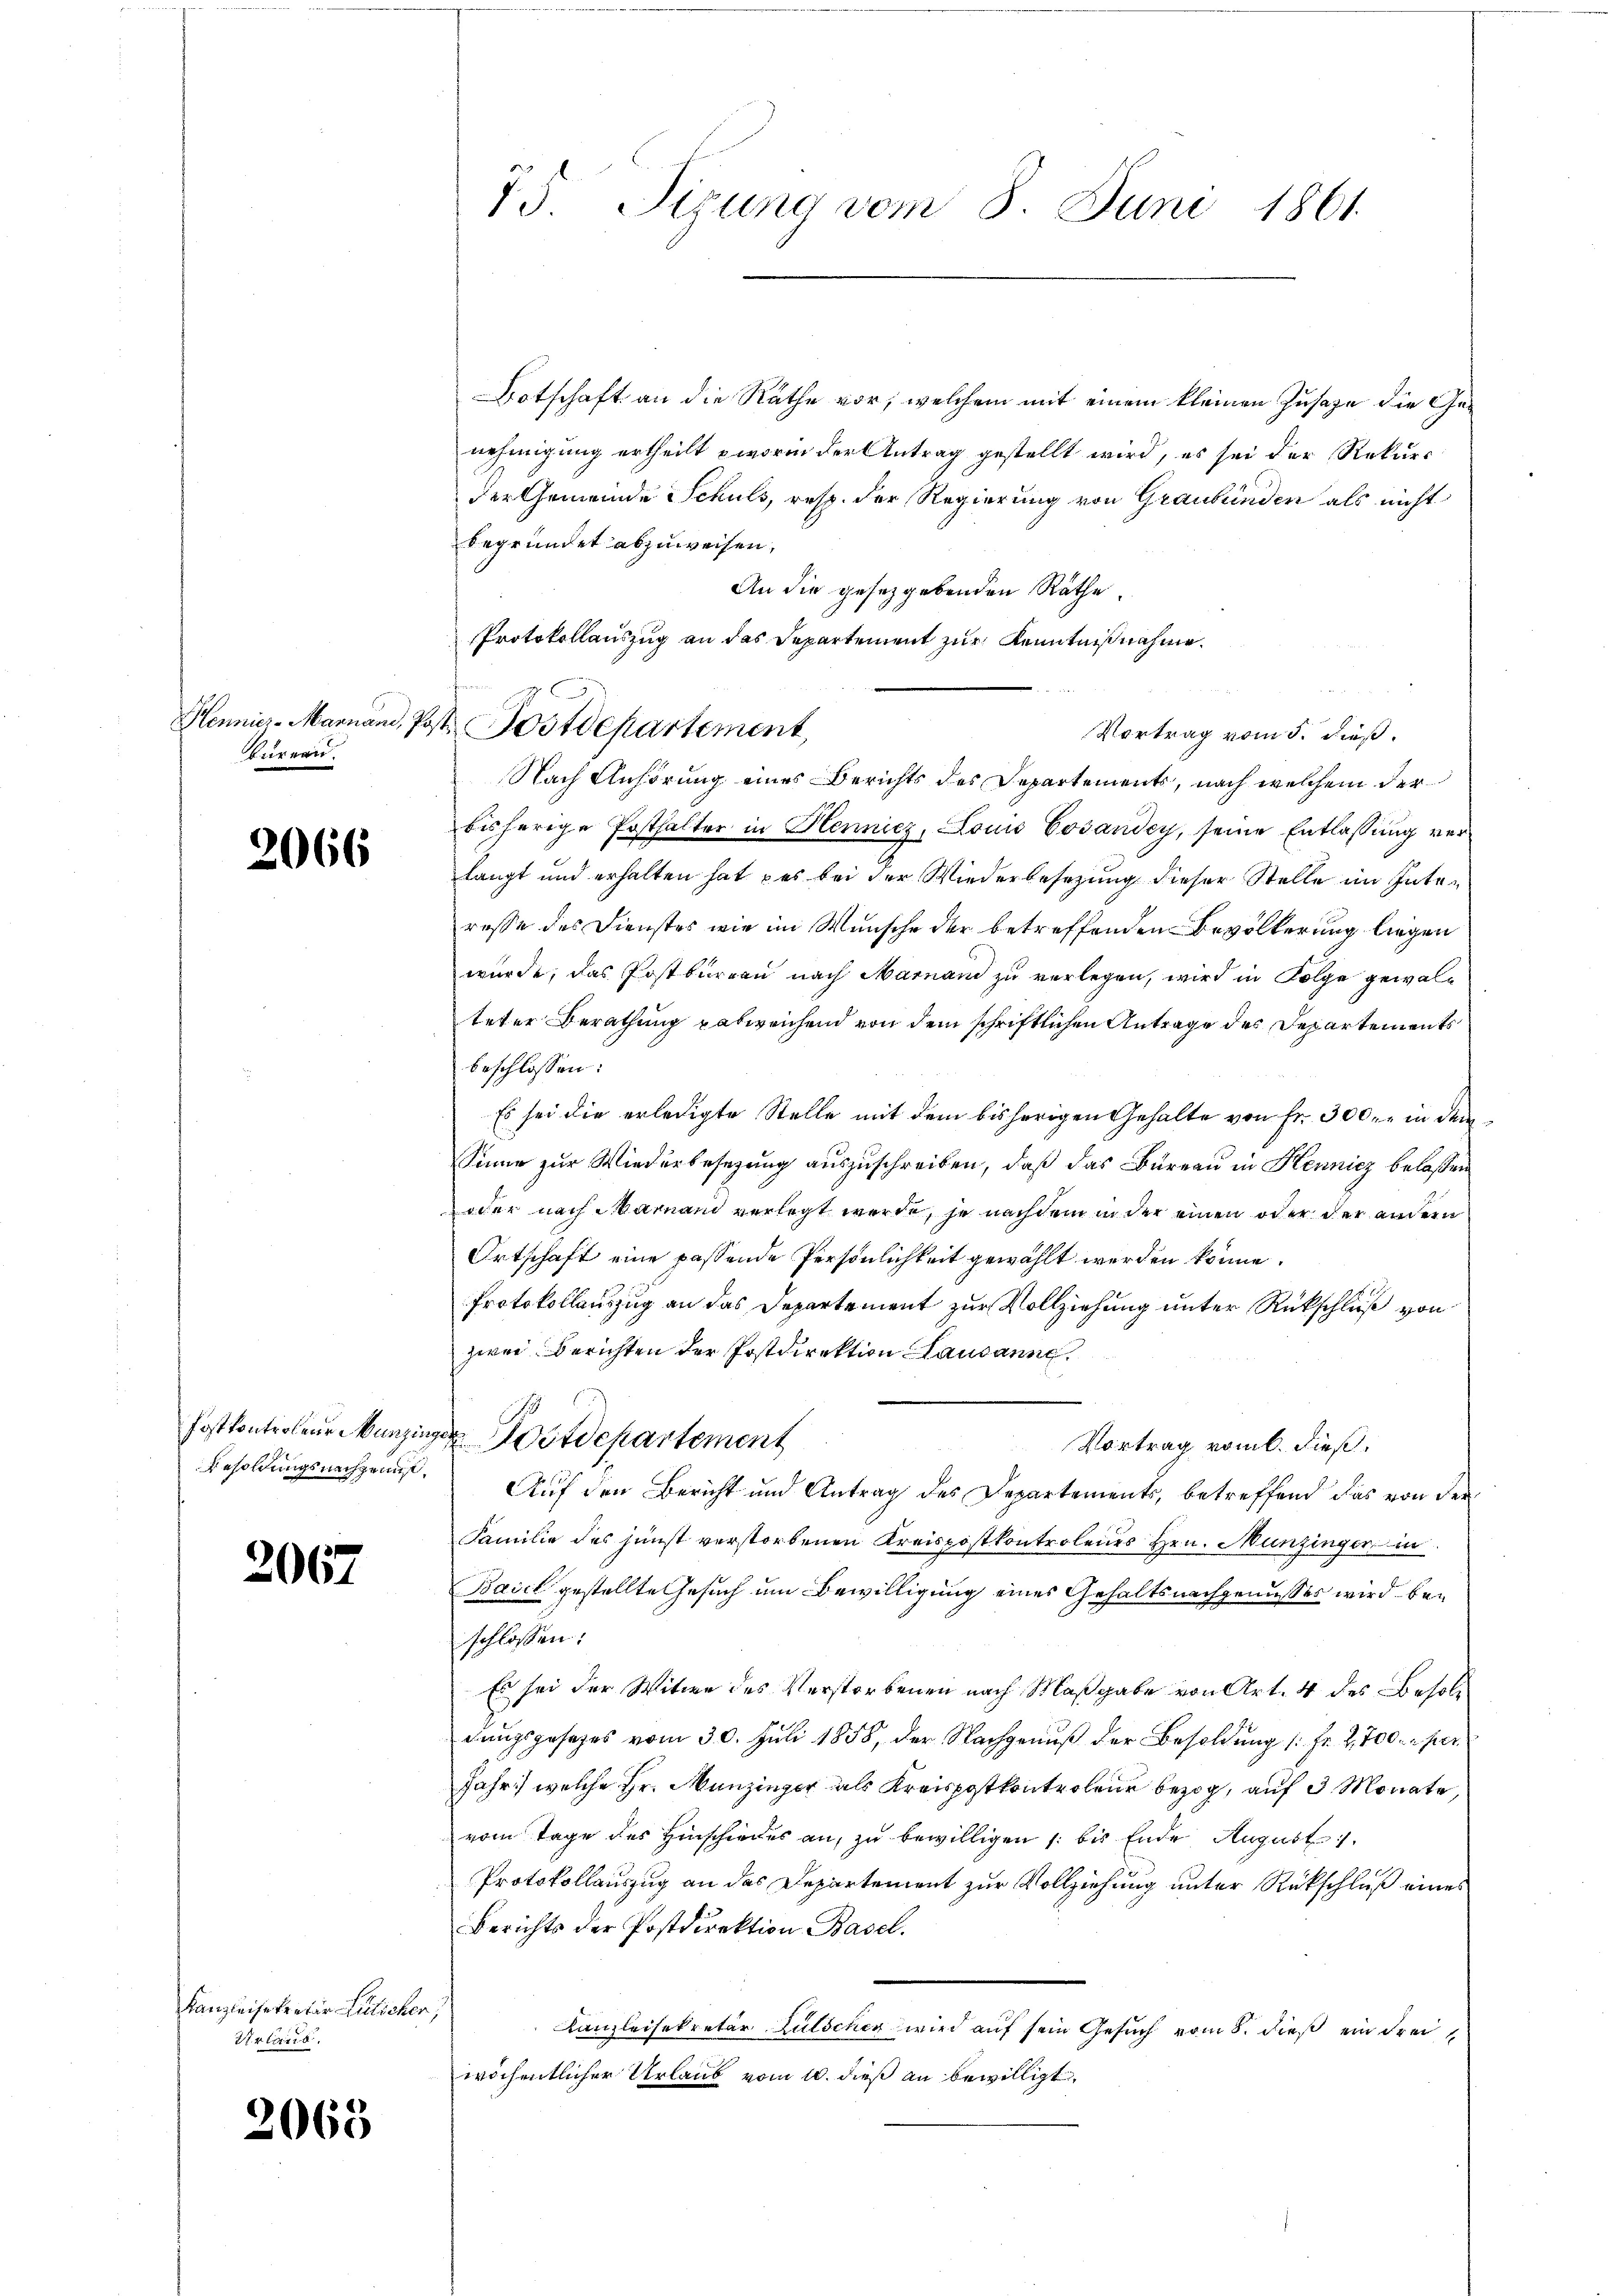
bureau.

2066

Postkontroleur Munzin
Besoldungsnachzeinst

206.

Kanzleisekretär Litlicher
Urlaub.

2068

75 Sirung vom 8. Juni 1861.

Botschaft an die Räthe vor, welchem mit einem kleinen Zusage die Genehmigung ertheilt worin der Antrag gestellt wird, es sei der Rekurs
der Gemeinde Schuls, resp. der Regierung von Graubünden als nicht
begründet abzuweisen,
An die gesetzgebenden Räthe.
Nach Anhörung eines Berichts des Departements, nach welchem der
bisherige Posthalter in Hennicz, Loui Cosardey, seine Entlassung verlangt und erhalten hat es bei der Wiederbesetzung dieser Stelle im Interesse des Dienstes wie im Wunsche der betreffenden Bevölkerung liegen
wurde, das Postbureau nach Mainand zu verlegen, wird in Folge gewalteter Berathung pabweichend von dem schriftlichen Antrage des Departements
beschlossen:
Es sei die erledigte Stelle mit dem bisherigen Gehalte von Fr. 300fr. in dem
Sinne zur Wiederbesetzung auszuschreiben, daß das Büreau in Hennicz belaßen
oder nach Mariand verlegt werde, je nachdem in der einen oder der andern
Ortschaft eine passende Persönlichkeit gewählt werden könne.
Protokollauszug an das Departement zur Vollziehung unter Rückschluß von
zwei Berichten der Postdirektion Lausanne
 Wotdepartement
Vortrag vom 6. dieß,
Auf den Bericht und Antrag des Departements, betreffend das von der
Familie des junst verstorbenen Kreispostkontrolenes Hrn. Munzinger in
Basel gestellte Gesuch um Bewilligung eines Gehaltsnachgenusses wird beschlossen:
Es sei der Witwe des Verstorbenen nach Maßgabe von Art. 4 des Besoldungsgesetzes vom 30. Juli 1858, der Nachgenuß der Besoldung (: Fr. 2700 per
Jahr) welche Hr. Munzinger als Kreispostkontroleur bezog, auf 3 Monate
vom Tage des Hinschieder an, zu bewilligen /: bis Ende August 1
Protokollauszug an das Departement zur Vollziehung unter Rückschluß eines
Berichts der Postdirektion Basel.
d
Kanzleisekretär Lütschen wird auf sein Gesuch vom 8. dieß ein Freiwöchentlicher Urlaub vom 10. dieß an bewilligt.

Protokollauszug an das Departement zur Kenntnißnahme.
Hennier-Marnand, Post Postdepartement,

u
Vortrag vom 5. dieß.